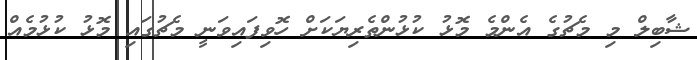
ޝާބިލް މި މެޗުގެ އެންމެ މޮޅު ކުޅުންތެރިޔަކަށް ހޮވިފައިވަނީ މެޗުގައި މޮޅު ކުޅުމެއް